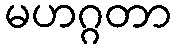
မဟဂ္ဂတာ